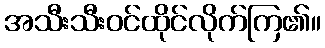
အသီးသီးဝင်ထိုင်လိုက်ကြ၏။